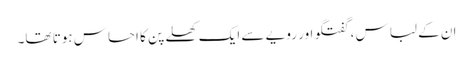
ان کے لباس ، گفتگو اور رویے سے ایک کھلے پن کا احساس ہوتا تھا۔